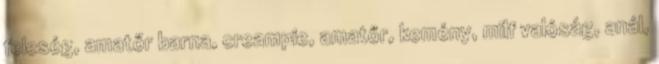
feleség, amatőr barna, creampie, amatőr, kemény, milf valóság, anál,